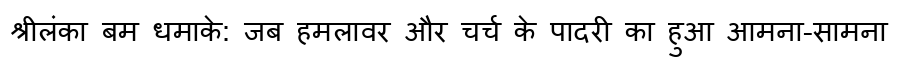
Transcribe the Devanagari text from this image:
श्रीलंका बम धमाके: जब हमलावर और चर्च के पादरी का हुआ आमना-सामना